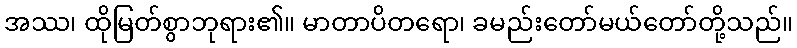
အဿ၊ ထိုမြတ်စွာဘုရား၏။ မာတာပိတရော၊ ခမည်းတော်မယ်တော်တို့သည်။